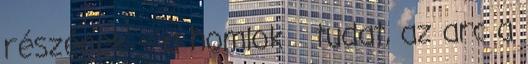
részének – a homlok tudat, az arc a